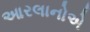
આરલાનોએ